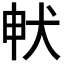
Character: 𭸁